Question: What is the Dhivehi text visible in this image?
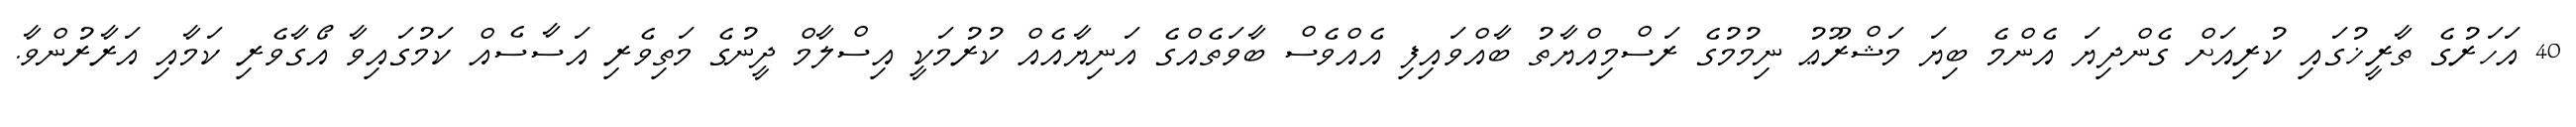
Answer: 40 އަހަރުގެ ތާރީޚުގައި ކުރިއަށް ގެންދިޔަ އެންމެ ބިޔަ މަޝްރޫޢު ނިމުމުގެ ރަސްމިއްޔާތު ބާއްވައިފި އެއްވެސް ބާވަތެއްގެ އަނިޔާއެއް ކުރުމަކީ އިސްލާމް ދީނުގެ މަތިވެރި އަސާސެއް ކަމުގައިވާ އޯގާވެރި ކަމާއި އަރާރުންވާ.